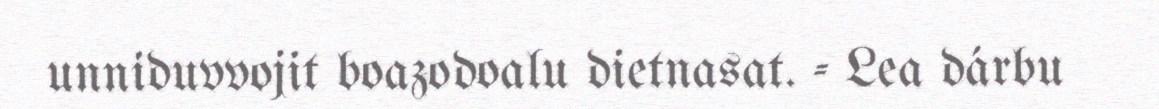
unniduvvojit boazodoalu dietnasat. - Lea dárbu